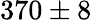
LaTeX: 370\pm 8